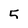
Character: 5